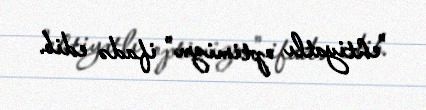
"ehtiyatlı optimizm" ifadə edib.